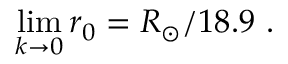
\operatorname * { l i m } _ { k \to 0 } r _ { 0 } = R _ { \odot } / 1 8 . 9 \ .